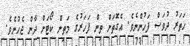
ހަތަރު ދުވަސް ފަހުންނެވެ. އެގޮތަށް ތިން ފަހަރުގެ މަތިން ކޯޓަށް ދާން ޖެހުނެވެ.